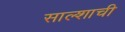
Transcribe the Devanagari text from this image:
साल्शाची